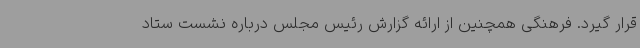
قرار گیرد. فرهنگی همچنین از ارائه گزارش رئیس مجلس درباره نشست ستاد